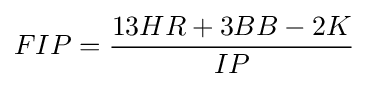
FIP={\frac {13HR+3BB-2K}{IP}}